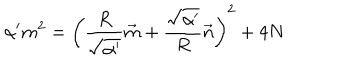
\alpha ^ { \prime } m ^ { 2 } = \left( \frac { R } { \sqrt { \alpha ^ { \prime } } } \vec { m } + \frac { \sqrt { \alpha ^ { \prime } } } { R } \vec { n } \right) ^ { 2 } + 4 N